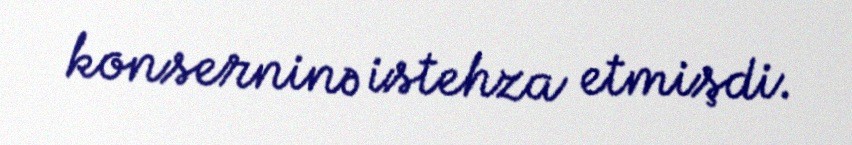
konserninə istehza etmişdi.